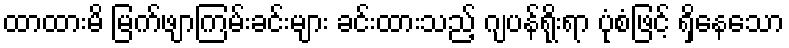
ထာထားမိ မြက်ဖျာကြမ်းခင်းများ ခင်းထားသည့် ဂျပန်ရိုးရာ ပုံစံဖြင့် ရှိနေသော